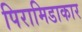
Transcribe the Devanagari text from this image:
पिरामिडाकार